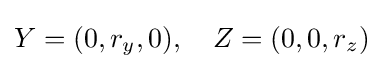
Y=(0,r_{y},0),\quad Z=(0,0,r_{z})